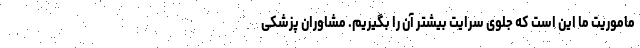
ماموریت ما این است که جلوی سرایت بیشتر آن را بگیریم. مشاوران پزشکی